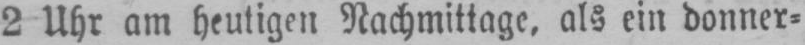
2 Uhr am heutigen Nachmittage, als ein donner⸗